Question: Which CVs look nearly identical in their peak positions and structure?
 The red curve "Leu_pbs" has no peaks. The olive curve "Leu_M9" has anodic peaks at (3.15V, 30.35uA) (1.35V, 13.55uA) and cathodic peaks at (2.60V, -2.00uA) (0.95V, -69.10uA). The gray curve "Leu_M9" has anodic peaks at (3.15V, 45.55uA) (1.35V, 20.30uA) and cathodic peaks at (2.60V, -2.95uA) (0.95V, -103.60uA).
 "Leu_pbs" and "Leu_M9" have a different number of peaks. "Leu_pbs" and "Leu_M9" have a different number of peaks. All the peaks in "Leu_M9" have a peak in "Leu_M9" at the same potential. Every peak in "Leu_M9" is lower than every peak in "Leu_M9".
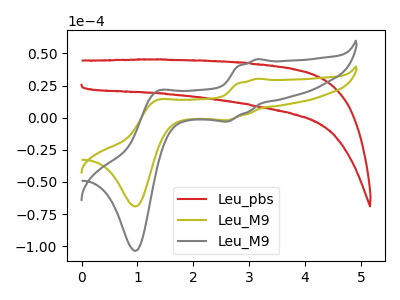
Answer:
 <answer>"Leu_M9" and "Leu_M9" have the same shape and are likely CV's of the same chemical.</answer>
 <eval>"Leu_M9" "Leu_M9"</eval>